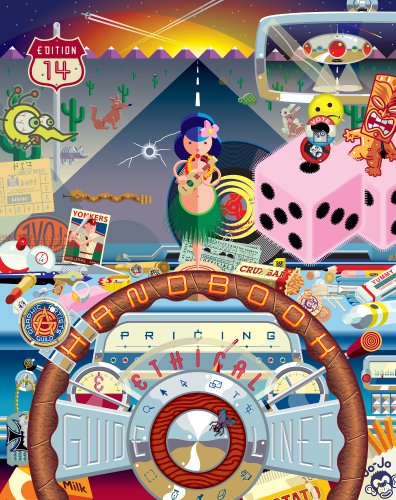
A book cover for Graphic Artist's Guild Handbook of Pricing and Ethical Guidelines (Graphic Artists Guild Handbook: Pricing & Ethical Guidelines); Graphic Artist's Guild; Arts & Photography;